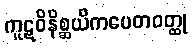
ကူဋဝိနိစ္ဆယိကပေတဝတ္ထု